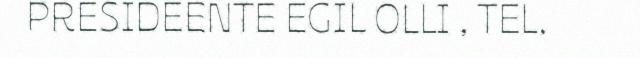
PRESIDEENTE EGIL OLLI , TEL.